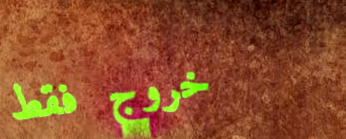
خروج فقط